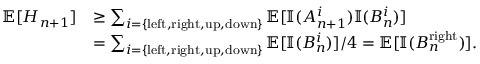
\begin{array} { r l } { \operatorname { \mathbb { E } } [ H _ { n + 1 } ] } & { \geq \sum _ { i = \{ \mathrm { l e f t , r i g h t , u p , d o w n } \} } \operatorname { \mathbb { E } } [ \mathbb { I } ( A _ { n + 1 } ^ { i } ) \mathbb { I } ( B _ { n } ^ { i } ) ] } \\ & { = \sum _ { i = \{ \mathrm { l e f t , r i g h t , u p , d o w n } \} } \operatorname { \mathbb { E } } [ \mathbb { I } ( B _ { n } ^ { i } ) ] / 4 = \operatorname { \mathbb { E } } [ \mathbb { I } ( B _ { n } ^ { \mathrm { r i g h t } } ) ] . } \end{array}